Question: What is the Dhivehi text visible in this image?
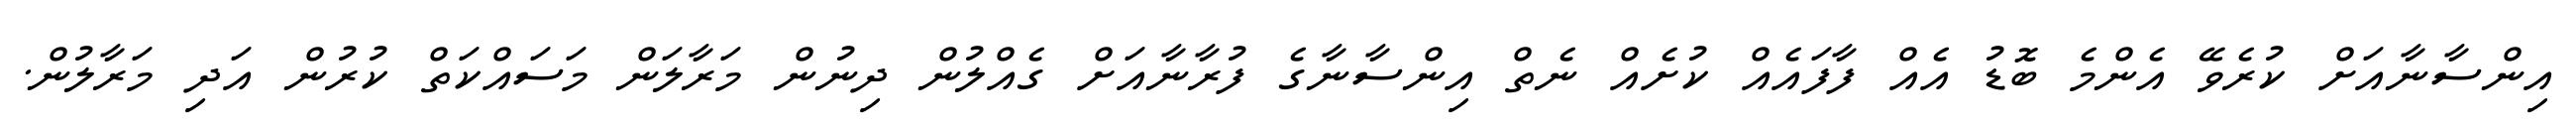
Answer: އިންސާނާއަށް ކުރެވޭ އެންމެ ބޮޑު އެއް ފާފައެއް ކުށެއް ނެތް އިންސާނާގެ ފުރާނާއަށް ގެއްލުން ދިނުން މަރާލަން މަސައްކަތް ކުރުން އަދި މަރާލުން.